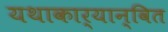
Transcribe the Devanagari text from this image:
यथाकार्यान्वित